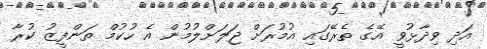
އަދި ވިދާޅުވީ އޭގެ ތެރޭގައި އުމުރަށް ޖަލަށްލުމުން އެ ހުކުމް ތަންފީޒު ކުރާ